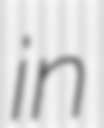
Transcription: in